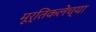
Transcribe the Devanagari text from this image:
मूर्तिकलेच्या